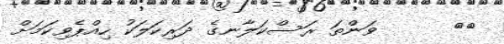
٨٨      ވަންތަ ރަސްކަލާނގެ ދަރިކަލަކު ހިއްޕެވިކަމަށް